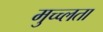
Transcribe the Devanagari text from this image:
मुच्च्लता